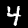
Digit: 4